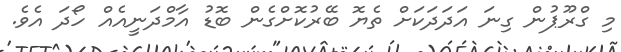
މި ގްރޫޕުން ގިނަ އަދަދަކަށް ތެޔޮ ބޭރުކޮށްގެން ބޮޑު އާމްދަނީއެއް ހޯދަ އެވެ.